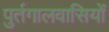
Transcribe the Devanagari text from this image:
पुर्तगालवासियों